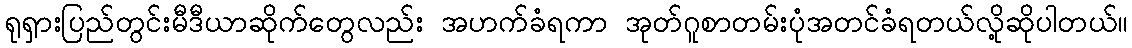
ရုရှားပြည်တွင်းမီဒီယာဆိုက်တွေလည်း အဟက်ခံရကာ အုတ်ဂူစာတမ်းပုံအတင်ခံရတယ်လို့ဆိုပါတယ်။